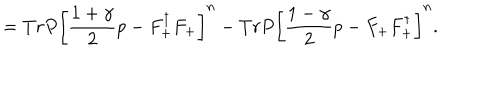
= T r P \left[ \frac { 1 + \gamma } { 2 } p - F _ { + } ^ { \dagger } F _ { + } \right] ^ { n } - T r P \left[ \frac { 1 - \gamma } { 2 } p - F _ { + } F _ { + } ^ { \dagger } \right] ^ { n } .